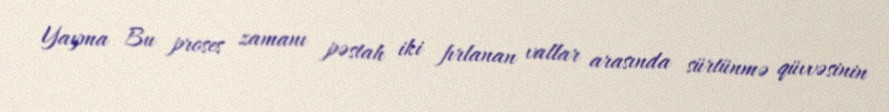
Yayma Bu proses zamanı pəstah iki fırlanan vallar arasında sürtünmə qüvvəsinin